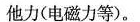
他力(电磁力等)。